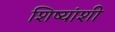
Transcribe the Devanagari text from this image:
शिष्यांशी